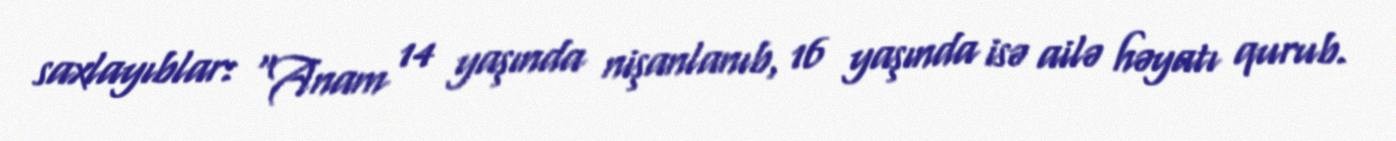
saxlayıblar: “Anam 14 yaşında nişanlanıb, 16 yaşında isə ailə həyatı qurub.